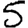
Digit: 5